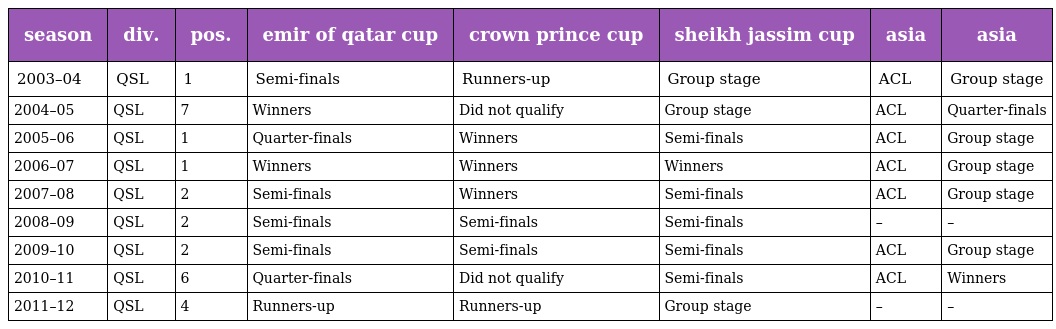
| season | div. | pos. | emir of qatar cup | crown prince cup | sheikh jassim cup | asia | asia |
 | --- | --- | --- | --- | --- | --- | --- | --- |
 | 2003–04 | QSL | 1 | Semi-finals | Runners-up | Group stage | ACL | Group stage |
 | 2004–05 | QSL | 7 | Winners | Did not qualify | Group stage | ACL | Quarter-finals |
 | 2005–06 | QSL | 1 | Quarter-finals | Winners | Semi-finals | ACL | Group stage |
 | 2006–07 | QSL | 1 | Winners | Winners | Winners | ACL | Group stage |
 | 2007–08 | QSL | 2 | Semi-finals | Winners | Semi-finals | ACL | Group stage |
 | 2008–09 | QSL | 2 | Semi-finals | Semi-finals | Semi-finals | – | – |
 | 2009–10 | QSL | 2 | Semi-finals | Semi-finals | Semi-finals | ACL | Group stage |
 | 2010–11 | QSL | 6 | Quarter-finals | Did not qualify | Semi-finals | ACL | Winners |
 | 2011–12 | QSL | 4 | Runners-up | Runners-up | Group stage | – | – |